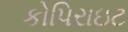
કોપિરાઇટ